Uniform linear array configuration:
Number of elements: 8
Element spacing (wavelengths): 0.5
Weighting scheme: uniform
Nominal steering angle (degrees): -15
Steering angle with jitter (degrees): -15.543
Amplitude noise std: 0.05
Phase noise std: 0.05

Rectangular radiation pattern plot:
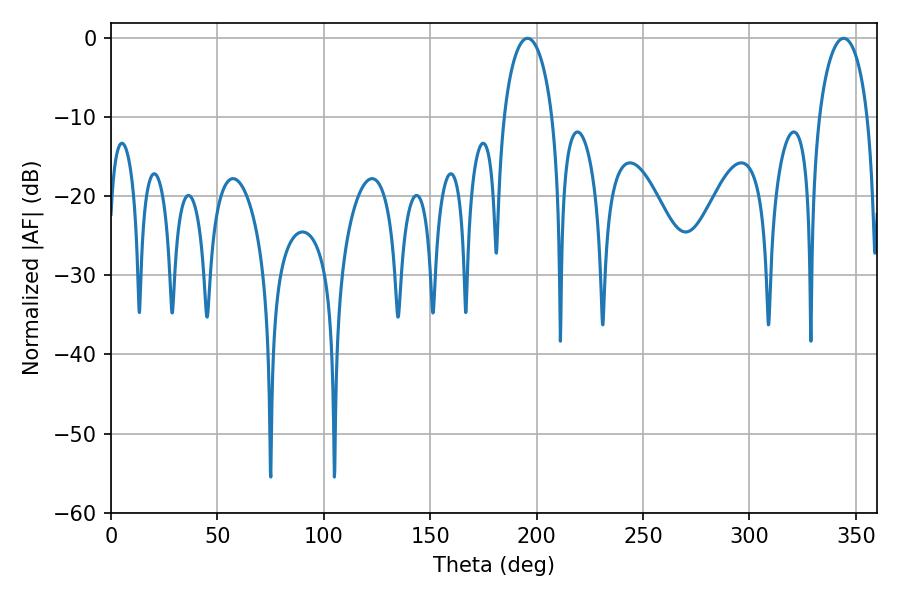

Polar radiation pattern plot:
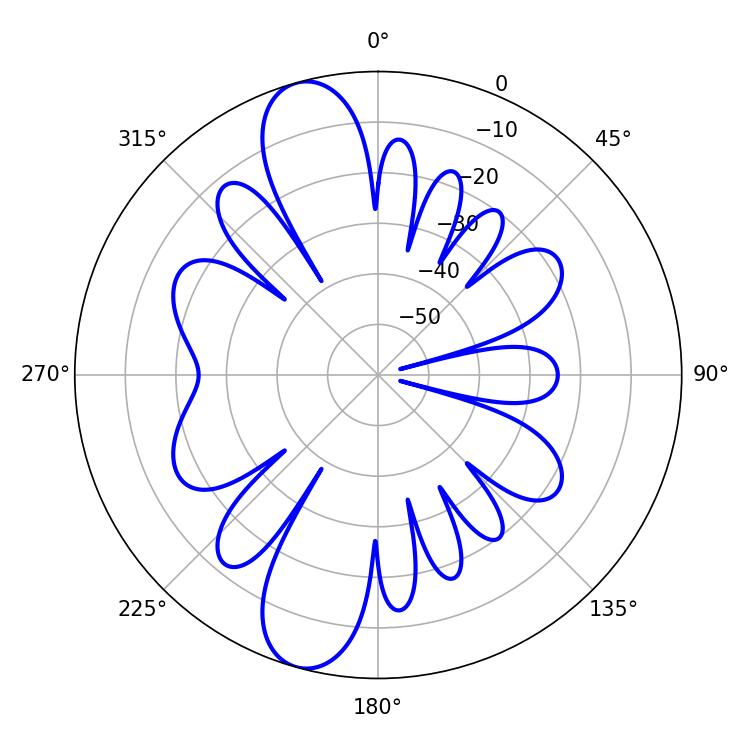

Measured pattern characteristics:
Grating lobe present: FALSE
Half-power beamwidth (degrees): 13.14
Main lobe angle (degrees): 195.66